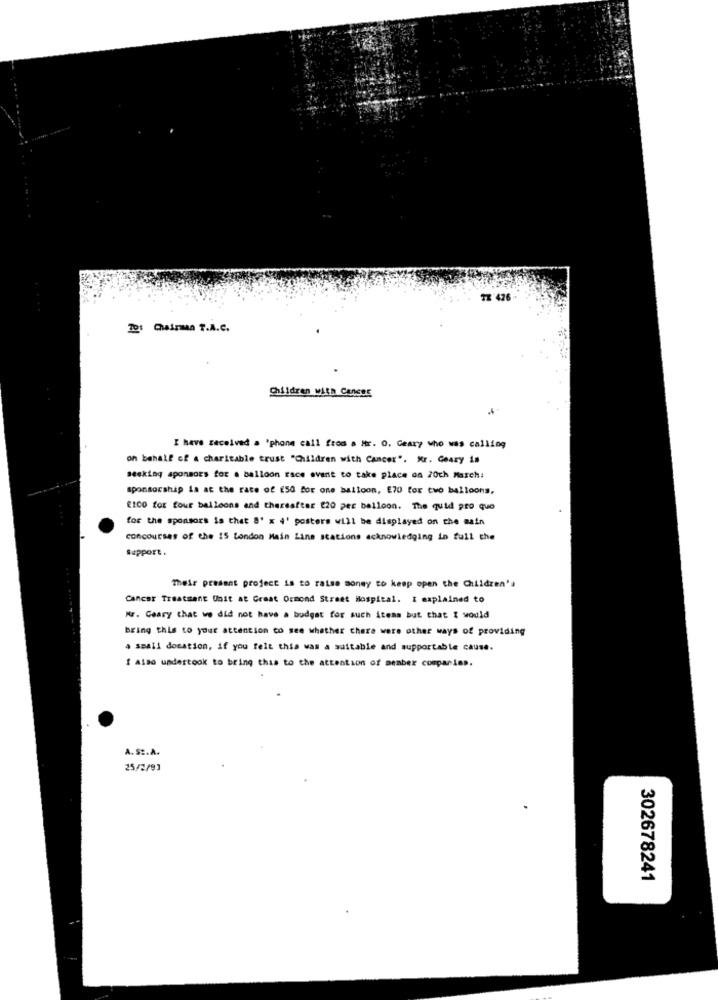
TE 426
To: Chairman T.A.c.
Children with CAREDE
I have received a "phone call from a Hr. O. Geary who was calling
on behalf of a charitable trust "Children with Cancer". Mr. Geary is
seeking sponsors for a balloon race avant to take place on 20ch March:
sponsorship is at the rate of 250 for one balloon, E70 for two balloons,
€100 for four balloons and thereafter 220 per balloon. The quid pro quo
for the sponsors is that S' x 4' posters will be displayed on the main
concourses of the 15 London Main Line stations acknowledging in full the
Support.
Their present project is to raise money to keep open the Children's
Cancer Treatment Unit at Great Ormond Street Hospital. I explained to
Mr. Geary that we did not have a budget for such items but that I would
bring this to your attention to see whether there were other ways of providing
a small donation, if you felt this was a suitable and supportable cause.
I also undertook to bring this to the attention of member companies.
A.S :. A.
25/2/93
302678241